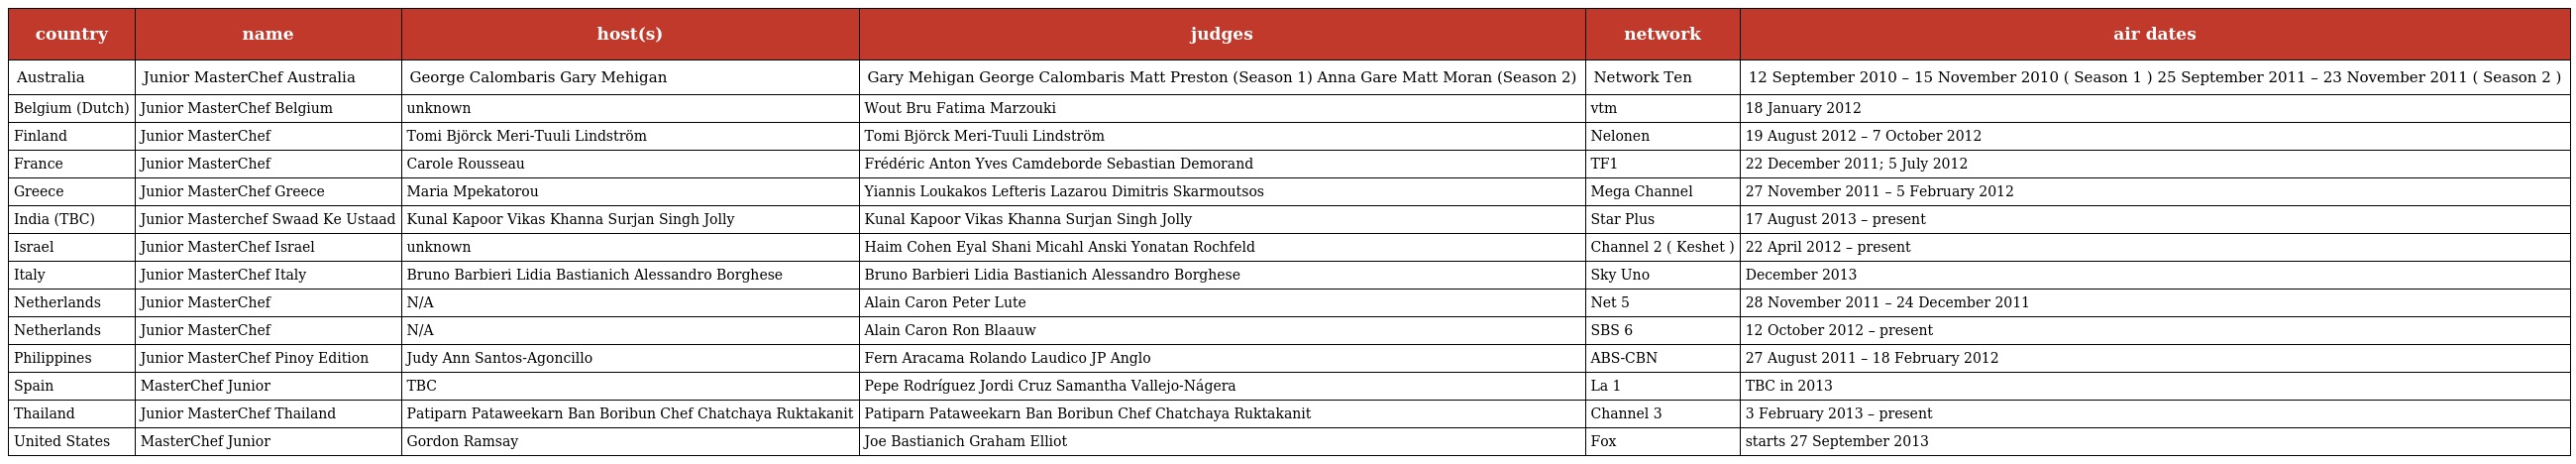
| country | name | host(s) | judges | network | air dates |
 | --- | --- | --- | --- | --- | --- |
 | Australia | Junior MasterChef Australia | George Calombaris Gary Mehigan | Gary Mehigan George Calombaris Matt Preston (Season 1) Anna Gare Matt Moran (Season 2) | Network Ten | 12 September 2010 – 15 November 2010 ( Season 1 ) 25 September 2011 – 23 November 2011 ( Season 2 ) |
 | Belgium (Dutch) | Junior MasterChef Belgium | unknown | Wout Bru Fatima Marzouki | vtm | 18 January 2012 |
 | Finland | Junior MasterChef | Tomi Björck Meri-Tuuli Lindström | Tomi Björck Meri-Tuuli Lindström | Nelonen | 19 August 2012 – 7 October 2012 |
 | France | Junior MasterChef | Carole Rousseau | Frédéric Anton Yves Camdeborde Sebastian Demorand | TF1 | 22 December 2011; 5 July 2012 |
 | Greece | Junior MasterChef Greece | Maria Mpekatorou | Yiannis Loukakos Lefteris Lazarou Dimitris Skarmoutsos | Mega Channel | 27 November 2011 – 5 February 2012 |
 | India (TBC) | Junior Masterchef Swaad Ke Ustaad | Kunal Kapoor Vikas Khanna Surjan Singh Jolly | Kunal Kapoor Vikas Khanna Surjan Singh Jolly | Star Plus | 17 August 2013 – present |
 | Israel | Junior MasterChef Israel | unknown | Haim Cohen Eyal Shani Micahl Anski Yonatan Rochfeld | Channel 2 ( Keshet ) | 22 April 2012 – present |
 | Italy | Junior MasterChef Italy | Bruno Barbieri Lidia Bastianich Alessandro Borghese | Bruno Barbieri Lidia Bastianich Alessandro Borghese | Sky Uno | December 2013 |
 | Netherlands | Junior MasterChef | N/A | Alain Caron Peter Lute | Net 5 | 28 November 2011 – 24 December 2011 |
 | Netherlands | Junior MasterChef | N/A | Alain Caron Ron Blaauw | SBS 6 | 12 October 2012 – present |
 | Philippines | Junior MasterChef Pinoy Edition | Judy Ann Santos-Agoncillo | Fern Aracama Rolando Laudico JP Anglo | ABS-CBN | 27 August 2011 – 18 February 2012 |
 | Spain | MasterChef Junior | TBC | Pepe Rodríguez Jordi Cruz Samantha Vallejo-Nágera | La 1 | TBC in 2013 |
 | Thailand | Junior MasterChef Thailand | Patiparn Pataweekarn Ban Boribun Chef Chatchaya Ruktakanit | Patiparn Pataweekarn Ban Boribun Chef Chatchaya Ruktakanit | Channel 3 | 3 February 2013 – present |
 | United States | MasterChef Junior | Gordon Ramsay | Joe Bastianich Graham Elliot | Fox | starts 27 September 2013 |